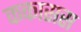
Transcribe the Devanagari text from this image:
ककासस